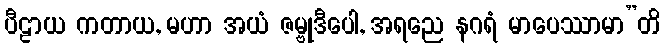
ပီဠာယ ကတာယ, မဟာ အယံ ဇမ္ဗုဒီပေါ, အရညေ နဂရံ မာပေဿာမာ”တိ